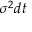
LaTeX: \sigma ^ { 2 } d t